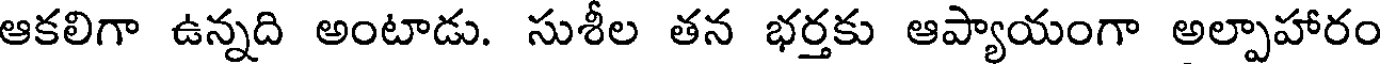
ఆకలిగా ఉన్నది అంటాడు. సుశీల తన భర్తకు ఆప్యాయంగా అల్పాహారం